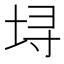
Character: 𫭯